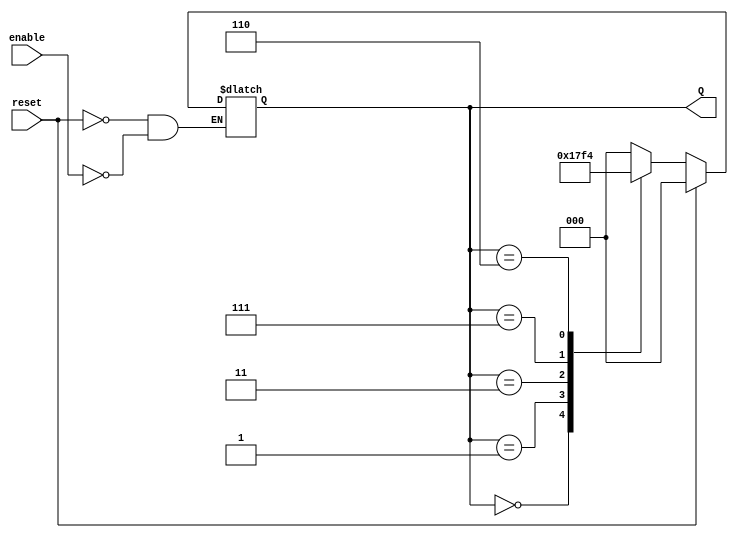
module AsyncJohnsonCounter(
    input wire reset,          // Asynchronous reset signal
    input wire enable,         // Enable signal for the counter
    output reg [2:0] Q         // 3-bit output for the counter
);

    // Asynchronous reset and state transition
    always @* begin
        if (reset) begin
            Q <= 3'b000; // Reset state
        end else if (enable) begin
            // Johnson Counter behavior
            case (Q)
                3'b000: Q <= 3'b001; // State transition
                3'b001: Q <= 3'b011;
                3'b011: Q <= 3'b111;
                3'b111: Q <= 3'b110;
                3'b110: Q <= 3'b100;
                3'b100: Q <= 3'b000; // Back to the initial state
                default: Q <= 3'b000; // Default case to ensure no unknown state
            endcase
        end
    end

endmodule